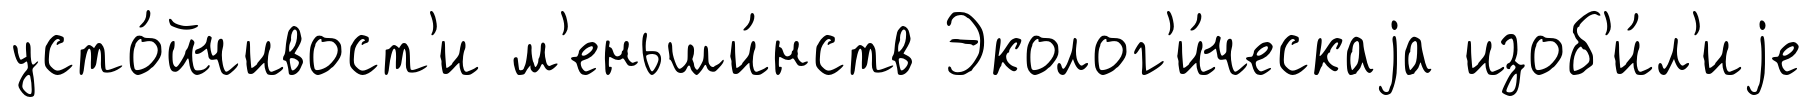
усто́йчивост'и м'еньши́нств Эколог'и́ческаjа изоб'и́л'иjе